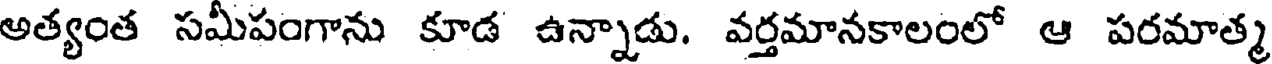
అత్యంత సమీపంగాను కూడ ఉన్నాడు. వర్తమానకాలంలో ఆ పరమాత్మ